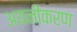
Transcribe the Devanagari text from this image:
अयनीकरण